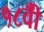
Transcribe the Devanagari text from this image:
१८वीँ